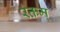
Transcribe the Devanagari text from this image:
रक्तम्